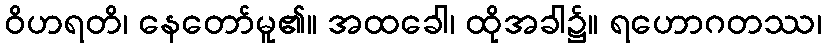
ဝိဟရတိ၊ နေတော်မူ၏။ အထခေါ၊ ထိုအခါ၌။ ရဟောဂတဿ၊